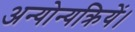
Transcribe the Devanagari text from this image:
अन्योन्यक्रियें।